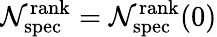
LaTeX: \mathcal{N}_{\mathrm{{spec}}}^{\mathrm{{rank}}}=\mathcal{N}_{\mathrm{{spec}}}^{\mathrm{{rank}}}(0)